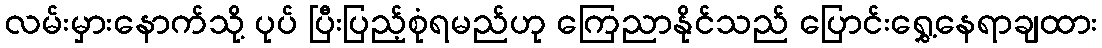
လမ်းမှားနောက်သို့ ပုပ် ပြီးပြည့်စုံရမည်ဟု ကြေညာနိုင်သည် ပြောင်းရွှေ့နေရာချထား